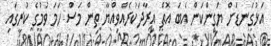
އަޅުގަނޑަށް ޔަގީންކަން އެބަ އޮތް އިރާދަކުރެއްވިއްޔާ ތިން މަސް ހަމަ ވުމުގެ ކުރީގައި